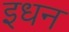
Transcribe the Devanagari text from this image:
इधन